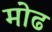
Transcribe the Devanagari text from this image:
मोढ